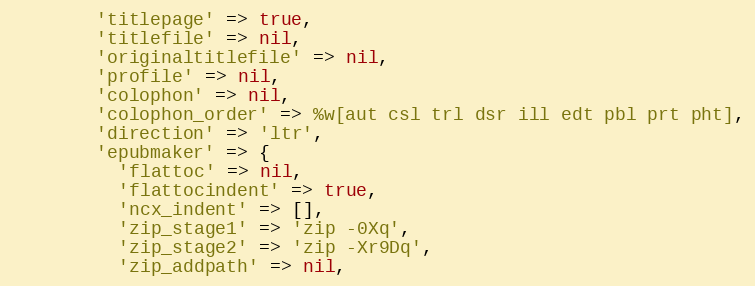
Language: Ruby
        'titlepage' => true,
        'titlefile' => nil,
        'originaltitlefile' => nil,
        'profile' => nil,
        'colophon' => nil,
        'colophon_order' => %w[aut csl trl dsr ill edt pbl prt pht],
        'direction' => 'ltr',
        'epubmaker' => {
          'flattoc' => nil,
          'flattocindent' => true,
          'ncx_indent' => [],
          'zip_stage1' => 'zip -0Xq',
          'zip_stage2' => 'zip -Xr9Dq',
          'zip_addpath' => nil,